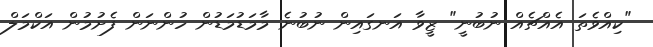
"ކިއްވެތަ އެއްޗެއް ނުބުނީ" ޒީވާ އަނގައިން ނުބުނެ މާމަޑުމަޑުން ހުންނަން ފެށުމުން އަކްމަލް